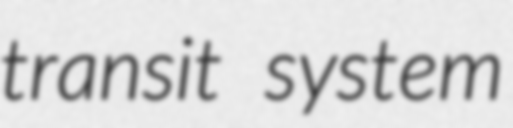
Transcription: transit system